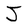
Character: J